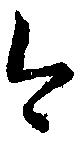
今